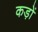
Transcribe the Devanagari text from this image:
कड़ों